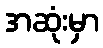
အဆုံးမှာ